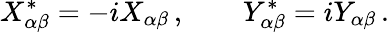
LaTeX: X_{\alpha\beta}^{\ast}=-iX_{\alpha\beta}\, ,\qquad Y_{\alpha\beta}^{\ast}=iY_{\alpha\beta}\, .